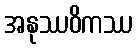
အနုဿဝိကဿ